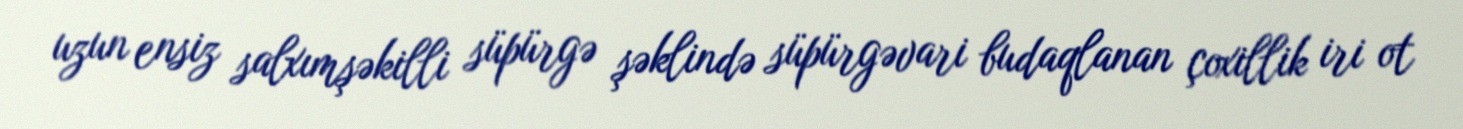
uzun ensiz salxımşəkilli süpürgə şəklində süpürgəvari budaqlanan çoxillik iri ot